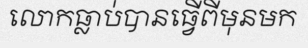
លោកធ្លាប់បានធ្វើពីមុនមក